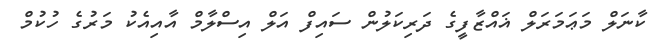
ކާނަލް މަޢަމަރަލް ޣައްޒާފީގެ ދަރިކަލުން ސައިފް އަލް އިސްލާމް އާއިއެކު މަރުގެ ހުކުމް